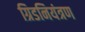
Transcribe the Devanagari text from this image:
ग्रिडनियंत्रण